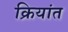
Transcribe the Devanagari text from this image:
क्रियांत